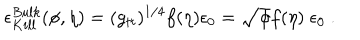
\epsilon _ { K i l l } ^ { B u l k } ( \phi , \eta ) = ( g _ { t t } ) ^ { 1 / 4 } f ( \eta ) \epsilon _ { 0 } = \sqrt { \phi } f ( \eta ) \; \epsilon _ { 0 } \ .